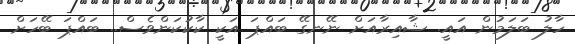
ހާލު ބަލަމުން އައީ. ޝާއިރާއަށް ނޭނގޭ ބައްޕަ އަކީ ކާކުކަންވެސް.. ބައްޕަ ބޭހަށް